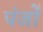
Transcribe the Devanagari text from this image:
पंजोँ